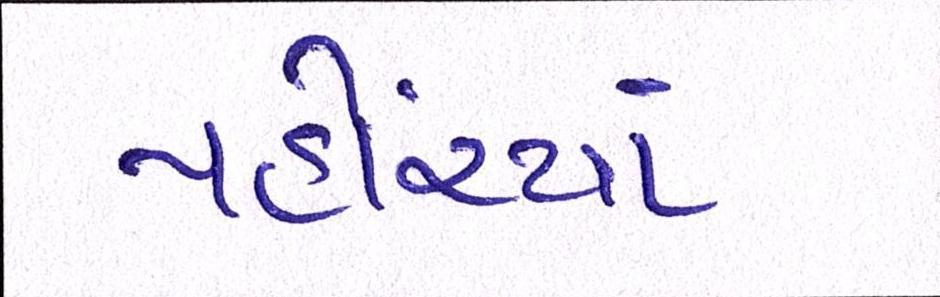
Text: પહોંચ્યાં